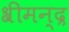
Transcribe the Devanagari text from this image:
श्रीमन्द्र